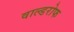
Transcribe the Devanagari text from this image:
वाल्डरोफ